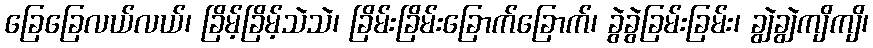
ခြေခြေလယ်လယ်၊ ခြိမ့်ခြိမ့်သဲသဲ၊ ခြိမ်းခြိမ်းခြောက်ခြောက်၊ ခွဲခွဲခြမ်းခြမ်း၊ ချွဲချွဲကျိကျိ၊